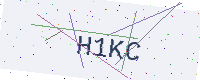
Text: H1KC